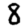
Digit: 8